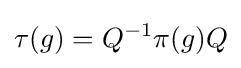
\tau (g)=Q^{-1}\pi (g)Q